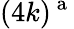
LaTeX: (4k)^{\mathrm{~a~}}